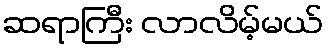
ဆရာကြီး လာလိမ့်မယ်